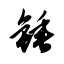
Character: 锤